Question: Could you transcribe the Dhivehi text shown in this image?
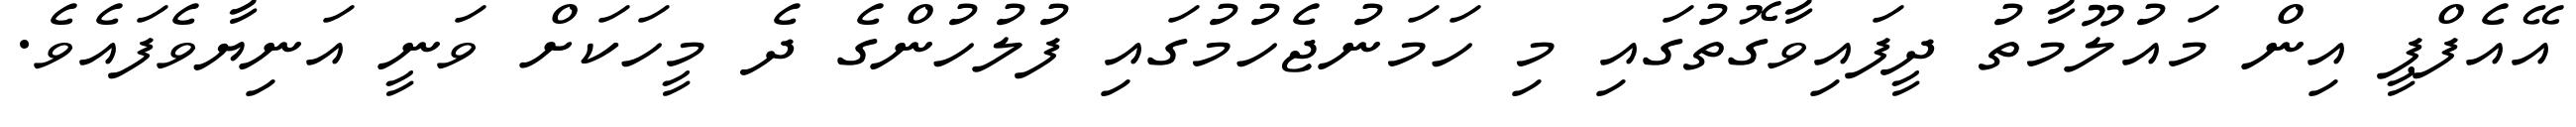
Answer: އޭއެފްޕީ އިން މައުލޫމާތު ދީފައިވާގޮތުގައި މި ހަމަނުޖެހުމުގައި ފުލުހުންގެ ދެ މީހަކަށް ވަނީ އަނިޔާވެފައެވެ.